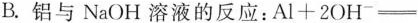
B.铝与NaOH溶液的反应：Al+2OH^{-} =